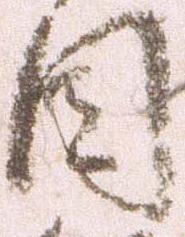
目